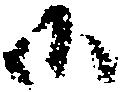
等